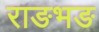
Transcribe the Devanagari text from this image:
राङभङ